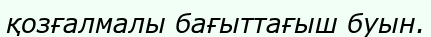
қозғалмалы бағыттағыш буын.